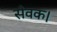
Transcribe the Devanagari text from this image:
सेवक।